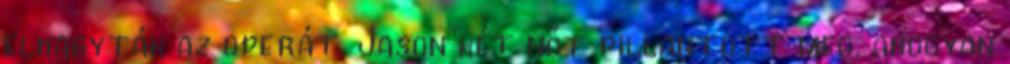
elhagyták az operát. Jason két nőt pillantott meg, ahogyan